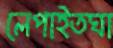
লেপাইতঘা